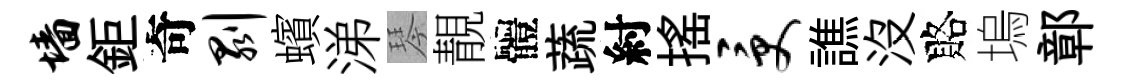
墙鉅奇剥蠙涕琴靚體蔬紂揺受譙没賂塢鄣